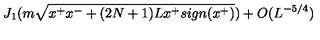
J _ { 1 } ( m \sqrt { x ^ { + } x ^ { - } + ( 2 N + 1 ) L x ^ { + } s i g n ( x ^ { + } ) } ) + O ( L ^ { - 5 / 4 } )